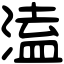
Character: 溘